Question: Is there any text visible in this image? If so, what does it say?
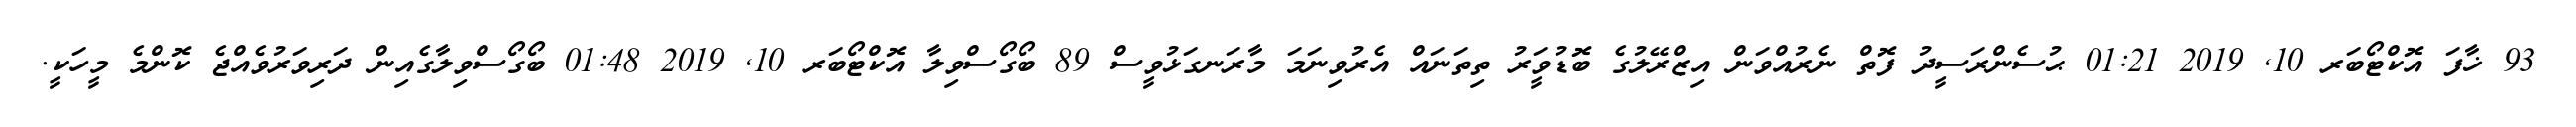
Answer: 93 ޚާފަ އޮކްޓޯބަރ 10, 2019 01:21 ޙުސެންރަސީދު ފޮތް ނެރުއްވަން އިޒްރޭލުގެ ބޮޑުވަީރު ތިތަނައް އެރުވިނަމަ މާރަނގަޅުވީސް 89 ބޯގޯސްވިލާ އޮކްޓޯބަރ 10, 2019 01:48 ބޯގޯސްވިލާގެއިން ދަރިވަރުވެއްޖެ ކޮންމެ މީހަކީ.